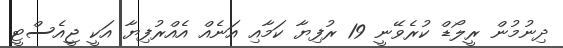
ދިނުމުން ރީލޯޑް ކުރެވޭނީ 19 ރުފިޔާ ކަމާއި އަނެއް އެއްރުފިޔާ އަކީ ޖީއެސްޓީ